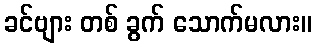
ခင်ဗျား တစ် ခွက် သောက်မလား။